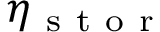
\eta _ { \mathrm { ~ s ~ t ~ o ~ r ~ } }